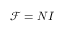
{ \mathcal { F } } = N I